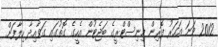
2012 ވަނަ އަހަރު ފޮރިން މިނިސްޓްރީގެ ބަޖެޓުން އެހީގެ ގޮތުގައި ގަވާއިދާ ހިލާފަށް